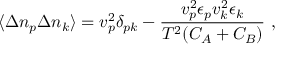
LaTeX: \langle \Delta n _ { p } \Delta n _ { k } \rangle = { v } _ { p } ^ { 2 } \delta _ { p k } - { \frac { { v } _ { p } ^ { 2 } \epsilon _ { p } { v } _ { k } ^ { 2 } \epsilon _ { k } } { T ^ { 2 } ( C _ { A } + C _ { B } ) } } \ ,